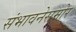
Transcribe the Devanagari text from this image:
संभावनेसमोर